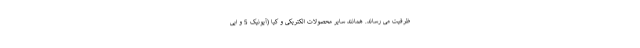
ظرفیت می رساند. همانند سایر محصولات الکتریکی و کیا (آیونیک 5 و ایی